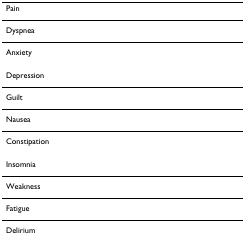
<table><thead><tr><td><b>Pain</b></td></tr></thead><tbody><tr><td>Dyspnea</td></tr><tr><td>Anxiety</td></tr><tr><td>Depression</td></tr><tr><td>Guilt</td></tr><tr><td>Nausea</td></tr><tr><td>Constipation</td></tr><tr><td>Insomnia</td></tr><tr><td>Weakness</td></tr><tr><td>Fatigue</td></tr><tr><td>Delirium</td></tr></tbody></table>